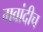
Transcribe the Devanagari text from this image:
गवांदीच